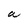
Character: a